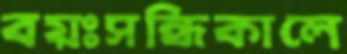
বয়ঃসন্ধিকালে